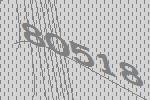
80518